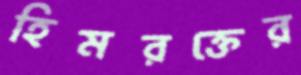
হিমরক্তের